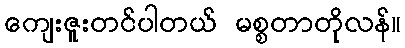
ကျေးဇူးတင်ပါတယ် မစ္စတာတိုလန်။